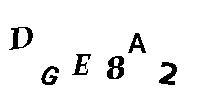
DGE8A2